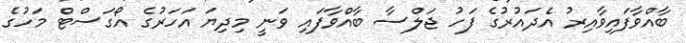
ބާއްވާފައިވާއިރު އެދައުރުގެ ފަހު ޖަލްސާ ބާއްވާފައި ވަނީ މިދިޔަ އަހަރުގެ އޯގަސްޓް މަހުގެ